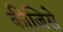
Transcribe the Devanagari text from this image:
कीजिसे